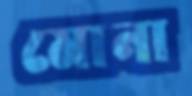
মোনা